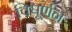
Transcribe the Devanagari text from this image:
विघूर्णन